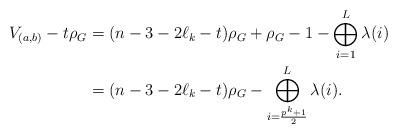
LaTeX: \begin{align*}V_{(a,b)}-t\rho_G& = (n-3-2\ell_k-t)\rho_G + \rho_G - 1 - \bigoplus_{i=1}^L \lambda(i)\\ & = (n-3-2\ell_k-t)\rho_G - \bigoplus_{i=\frac{p^k+1}{2}}^L \lambda(i). \end{align*}